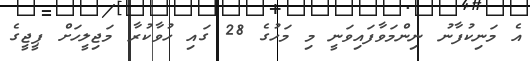
އެ މަނިކުފާނު ނިންމަވާފައިވަނީ މި މަހުގެ 28 ގައި ހުވާކުރާ މަޖިލީހަށް ޕީޖީގެ